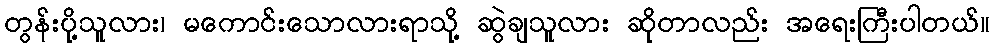
တွန်းပို့သူလား၊ မကောင်းသောလားရာသို့ ဆွဲချသူလား ဆိုတာလည်း အရေးကြီးပါတယ်။